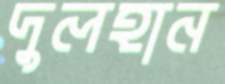
দুলহান